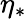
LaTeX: \eta_{*}